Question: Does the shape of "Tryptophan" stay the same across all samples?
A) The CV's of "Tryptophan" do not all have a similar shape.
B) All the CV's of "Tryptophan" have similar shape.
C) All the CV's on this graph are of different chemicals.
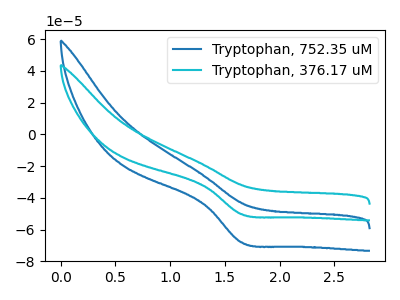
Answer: <think>The blue curve "Tryptophan, 752.35 uM" has a cathodic peak at: (1.65V, -68.05uA). The cyan curve "Tryptophan, 376.17 uM" has a cathodic peak at: (1.65V, -50.30uA).
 All the peaks in "Tryptophan, 752.35 uM" have a peak in "Tryptophan, 376.17 uM" at the same potential. Every peak in "Tryptophan, 752.35 uM" is higher than every peak in "Tryptophan, 376.17 uM".</think>
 <answer>B) All the CV's of "Tryptophan" have similar shape.</answer>
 <eval>B</eval>